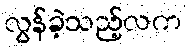
လွန်ခဲ့သည့်လက